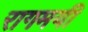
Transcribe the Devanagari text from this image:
रागमयी